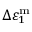
\Delta \varepsilon _ { 1 } ^ { \mathrm { { m } } }